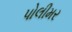
પોલીમર